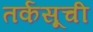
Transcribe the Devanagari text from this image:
तर्कसूची